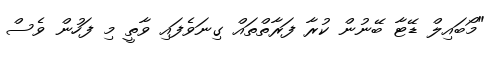
"މޯބައިލް ޑޭޓާ ބޭނުން ކުރާ ފަރާތްތައް ގިނަވެފައި ވާތީ މި ފަހުން ވެސް